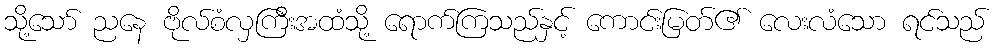
သို့သော် ညနေ ဗိုလ်စံလှကြီးအထံသို့ ရောက်ကြသည်နှင့် ကောင်းမြတ်၏ လေးလံသော ရင်သည်